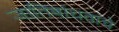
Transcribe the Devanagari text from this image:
जातिबांधवांचे